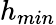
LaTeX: h_{min}